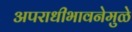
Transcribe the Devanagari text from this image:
अपराधीभावनेमुळे